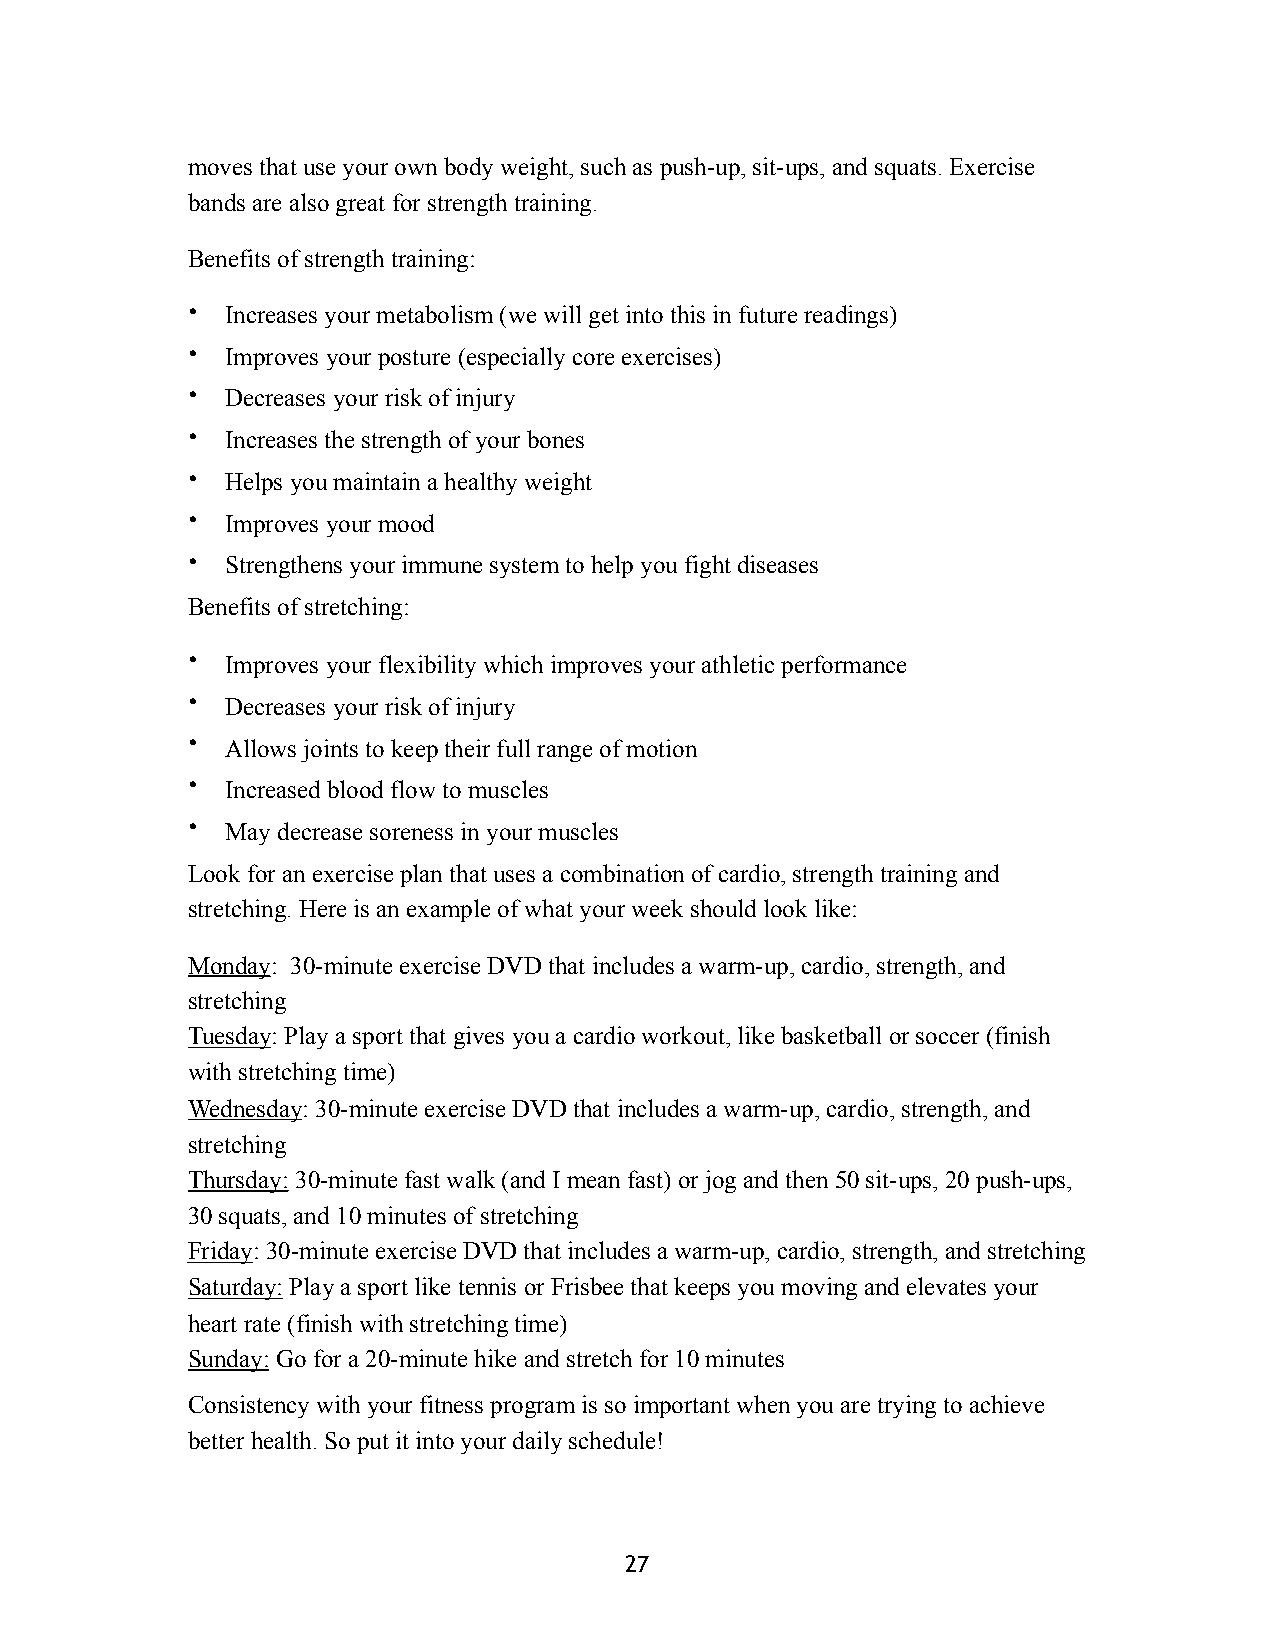
moves that use your own body weight, such as push-up, sit-ups, and squats. Exercise
 bands are also great for strength training.
 Benefits of strength training:
 •  Increases your metabolism (we will get into this in future readings)
 •  Improves your posture (especially core exercises)
 •  Decreases your risk of injury
 •  Increases the strength of your bones
 •  Helps you maintain a healthy weight
 •  Improves your mood
 •  Strengthens your immune system to help you fight diseases
 Benefits of stretching:
 •  Improves your flexibility which improves your athletic performance
 •  Decreases your risk of injury
 •  Allows joints to keep their full range of motion
 •  Increased blood flow to muscles
 •  May decrease soreness in your muscles
 Look for an exercise plan that uses a combination of cardio, strength training and
 stretching. Here is an example of what your week should look like:
 Monday: 30-minute exercise DVD that includes a warm-up, cardio, strength, and
 stretching
 Tuesday: Play a sport that gives you a cardio workout, like basketball or soccer (finish
 with stretching time)
 Wednesday: 30-minute exercise DVD that includes a warm-up, cardio, strength, and
 stretching
 Thursday: 30-minute fast walk (and I mean fast) or jog and then 50 sit-ups, 20 push-ups,
 30 squats, and 10 minutes of stretching
 Friday: 30-minute exercise DVD that includes a warm-up, cardio, strength, and stretching
 Saturday: Play a sport like tennis or Frisbee that keeps you moving and elevates your
 heart rate (finish with stretching time)
 Sunday: Go for a 20-minute hike and stretch for 10 minutes
 Consistency with your fitness program is so important when you are trying to achieve
 better health. So put it into your daily schedule!
 27